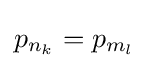
p_{n_{k}}=p_{m_{l}}